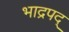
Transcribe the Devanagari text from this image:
भाद्रपद्